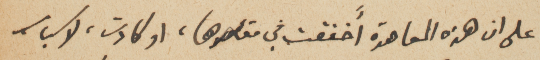
على ان هذه المعاهدة أَخفقت في مقاصدها، او كادت، لاسباب